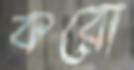
করো